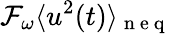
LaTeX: \mathcal{F}_{\omega}\langle u^{2}(t)\rangle_{\mathrm{~n~e~q~}}